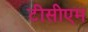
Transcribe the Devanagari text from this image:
टीसीएम